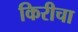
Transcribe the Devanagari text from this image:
किरीचा